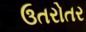
ઉતરોતર